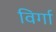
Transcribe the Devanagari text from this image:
विर्गा